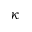
\kappa